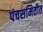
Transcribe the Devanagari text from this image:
पंचसमितीत